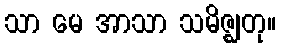
သာ မေ အာသာ သမိဇ္ဈတု။